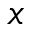
x